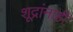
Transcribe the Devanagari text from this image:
शूद्रांनाही